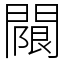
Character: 𨵬